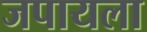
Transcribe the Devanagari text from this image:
जपायला